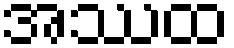
အဿထ